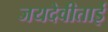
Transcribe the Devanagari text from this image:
जयदेवीताई